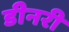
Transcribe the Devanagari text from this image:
डीनरी